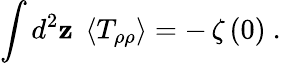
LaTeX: \int d^{2}{\mathbf z}\; \left<T_{\rho\rho}\right>=-\, \zeta\, (0)\ .